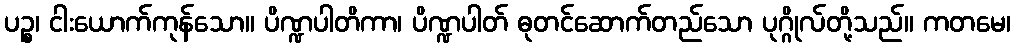
ပဉ္စ၊ ငါးယောက်ကုန်သော။ ပိဏ္ဍပါတိကာ၊ ပိဏ္ဍပါတ် ဓုတင်ဆောက်တည်သော ပုဂ္ဂိုလ်တို့သည်။ ကတမေ၊